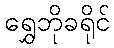
ရွှေဘိုခရိုင်